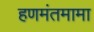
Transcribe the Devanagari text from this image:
हणमंतमामा